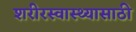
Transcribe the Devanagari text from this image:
शरीरस्वास्थ्यासाठी